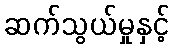
ဆက်သွယ်မှုနှင့်